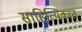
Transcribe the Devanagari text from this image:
साहित्यिकात